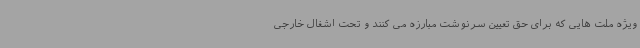
ویژه ملت هایی که برای حق تعیین سرنوشت مبارزه می کنند و تحت اشغال خارجی